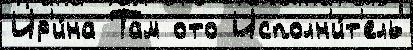
Ир'и́на Там ото Исполн'и́т'ель